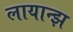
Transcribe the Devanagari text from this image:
लायान्झ